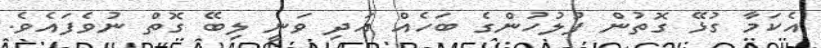
އެކަމާ ގުޅޭ ގޮތުން ފުލުހުންގެ ބަހެއް އަދި ވަނީ ލިބޭ ގޮތް ނުވެފައެވެ.